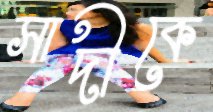
সাদীকে